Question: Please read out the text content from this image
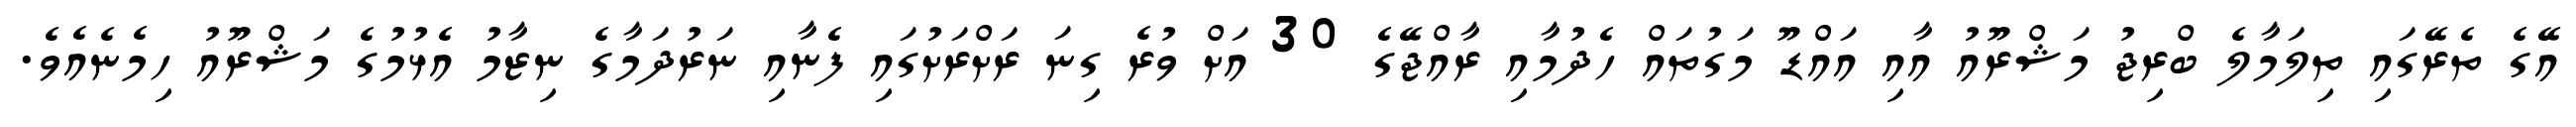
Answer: އޭގެ ތެރޭގައި ތިލަމާލެ ބްރިޖު މަޝްރޫއު އާއި އައްޑޫ މަގުތައް ހެދުމާއި ރާއްޖޭގެ 30 އަށް ވުރެ ގިނަ ރަށްރަށުގައި ފެނާއި ނަރުދަމާގެ ނިޒާމު އެޅުމުގެ މަޝްރޫއު ހިމެނެއެވެ.